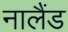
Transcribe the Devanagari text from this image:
नालैंड